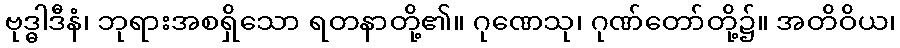
ဗုဒ္ဓါဒီနံ၊ ဘုရားအစရှိသော ရတနာတို့၏။ ဂုဏေသု၊ ဂုဏ်တော်တို့၌။ အတိဝိယ၊